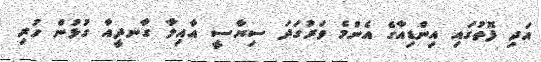
އަދި ފޮތުގައި އިންޑިއާގެ އެންމެ ވަރުގަދަ ސިޔާސީ އާއިލާ ގާނދީއާ ގުޅުން ހުރި